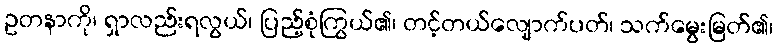
ဥတနာကို၊ ရှာလည်းရလွယ်၊ ပြည့်စုံကြွယ်၏၊ တင့်တယ်လျောက်ပတ်၊ သက်မွေးမြတ်၏၊